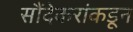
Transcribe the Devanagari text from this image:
सौंदेकरांकडून